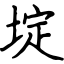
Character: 埞